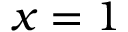
x = 1